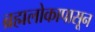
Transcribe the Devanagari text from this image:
ब्रह्मलोकापासून